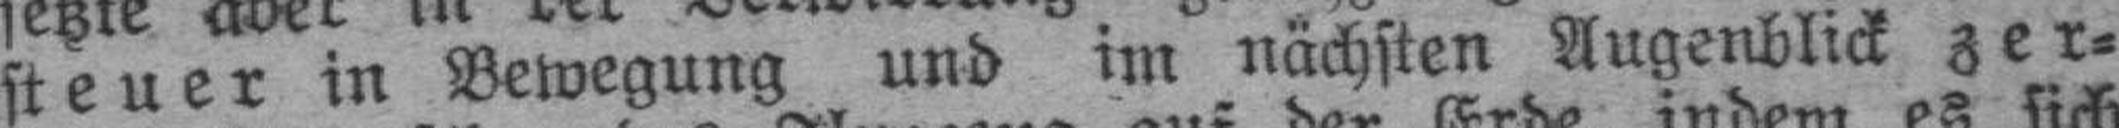
steuer in Bewegung und im nächsten Augenblick zer¬